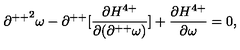
{ \partial ^ { + + } } ^ { 2 } \omega - \partial ^ { + + } [ \frac { \partial H ^ { 4 + } } { \partial ( \partial ^ { + + } \omega ) } ] + \frac { \partial H ^ { 4 + } } { \partial \omega } = 0 ,